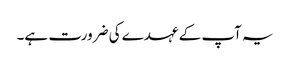
یہ آپ کے عہدے کی ضرورت ہے۔